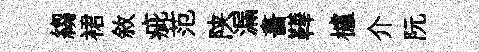
縐裙敘疵范陕漏畵鞾櫨介阮